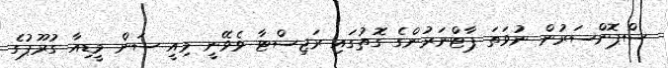
ސްޕޮންސަރުން ނުވަތަ ޕާޓްނަރުންގެ ގޮތުގައި ރަޖިސްޓާ ވެވޭނީ މިއީ ސަން މީޑިއާ ގުރޫޕުގެ